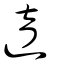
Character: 逳